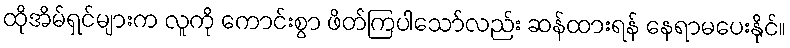
ထိုအိမ်ရှင်များက လူကို ကောင်းစွာ ဖိတ်ကြပါသော်လည်း ဆန်ထားရန် နေရာမပေးနိုင်။